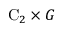
\mathrm { C } _ { 2 } \times G